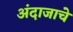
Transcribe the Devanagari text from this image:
अंदाजाचे